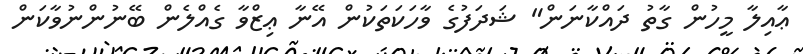
ޢާއިލާ މީހުން ގާތު ދައްކާނަން" ޝަދަފުގެ ވާހަކަތަކުން އޭނާ ޢިޒްވާ ގެއްލެން ބޭނުންނުވާކަން